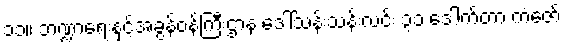
၁၁။ ဘဏ္ဍာရေးနှင့်အခွန်ဝန်ကြီးဌာန ဒေါ်သန်းသန်းလင်း ၃၁ ဒေါက်တာ ကံဇော်